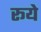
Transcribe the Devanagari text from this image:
रूये